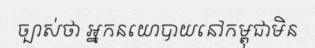
ច្បាស់ថា អ្នកនយោបាយនៅកម្ពុជាមិន